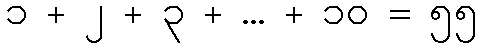
၁ + ၂ + ၃ + ... + ၁၀ = ၅၅